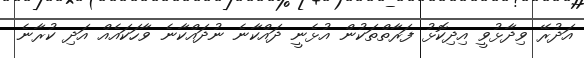
އަދުރޭ ވިދާޅުވީ އިދިކޮޅު ފަރާތްތަކުން އުޅެނީ ދައްކާނެ ނުދައްކާނެ ވާހަކައެއް އަދި ކުރާނެ